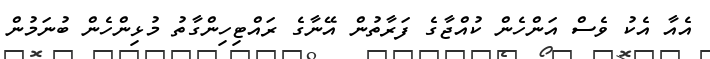
އެއާ އެކު ވެސް އަންހެން ކުއްޖާގެ ފަރާތުން އޭނާގެ ރައްޓިހިންގާތު މުޅިންހެން ބުނަމުން